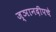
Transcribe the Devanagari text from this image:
ज्ञानदीपचे